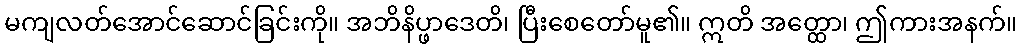
မကျလတ်အောင်ဆောင်ခြင်းကို။ အဘိနိပ္ဖာဒေတိ၊ ပြီးစေတော်မူ၏။ ဣတိ အတ္ထော၊ ဤကားအနက်။